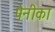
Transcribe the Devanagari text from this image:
पेनीका